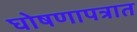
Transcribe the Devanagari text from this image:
घोषणापत्रात